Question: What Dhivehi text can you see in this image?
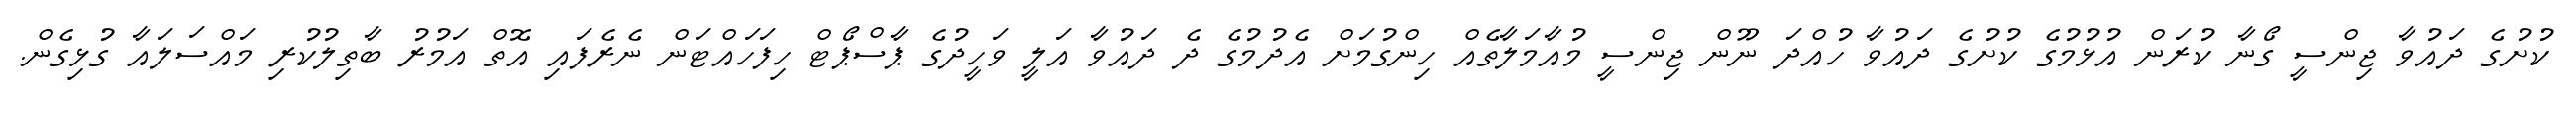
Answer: ކުށުގެ ދައުވާ ޖިންސީ ގޯނާ ކުރަން އުޅުމުގެ ކުށުގެ ދައުވާ ހުއްދަ ނޫން ޖިންސީ މުއާމަލާތެއް ހިންގުމަށް އެދުމުގެ ދެ ދައުވާ އަލީ ވަހީދުގެ ޕާސްޕޯޓް ހިފަހައްޓަން ނެރެފައި އޮތް އަމުރު ބާތިލުކުރި މައްސަލައާ ގުޅިގެން.